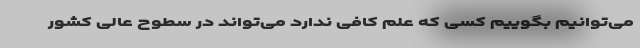
می‌توانیم بگوییم کسی که علم کافی ندارد می‌تواند در سطوح عالی کشور